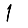
Digit: 1